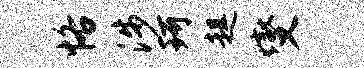
恪涉珂趄燮